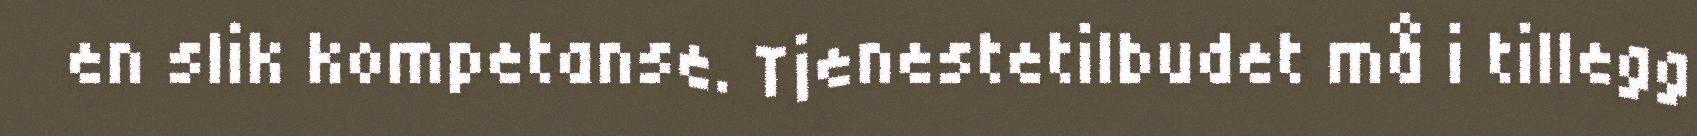
en slik kompetanse. Tjenestetilbudet må i tillegg